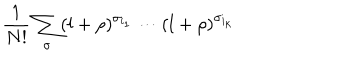
LaTeX: \frac { 1 } { N ! } \sum _ { \sigma } ( l + \rho ) ^ { \sigma _ { i _ { 1 } } } \cdots ( l + \rho ) ^ { \sigma _ { i _ { k } } }